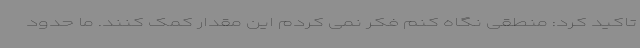
تاکید کرد: منطقی نگاه کنم فکر نمی کردم این مقدار کمک کنند. ما حدود